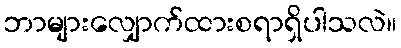
ဘာများလျှောက်ထားစရာရှိပါသလဲ။